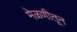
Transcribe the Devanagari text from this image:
मेळणीतून